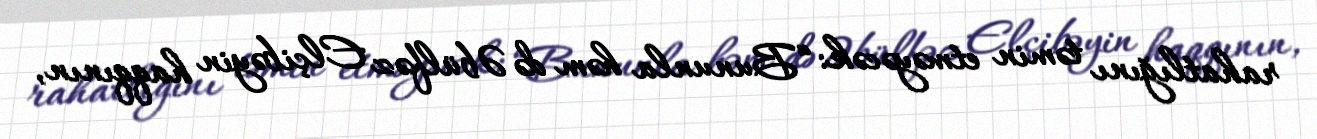
rahatlığını təmin etməyəcək: “Bununla həm də Əbülfəz Elçibəyin haqqının,